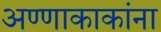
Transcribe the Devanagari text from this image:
अण्णाकाकांना